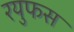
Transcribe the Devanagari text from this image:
रयुफस